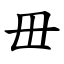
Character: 毌